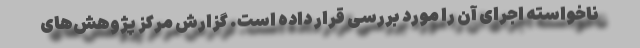
ناخواسته اجرای آن را مورد بررسی قرار داده است. گزارش مرکز پژوهش‌های